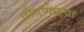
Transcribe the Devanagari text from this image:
दौडणाऱ्या